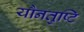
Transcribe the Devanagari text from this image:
यौनतुष्टि